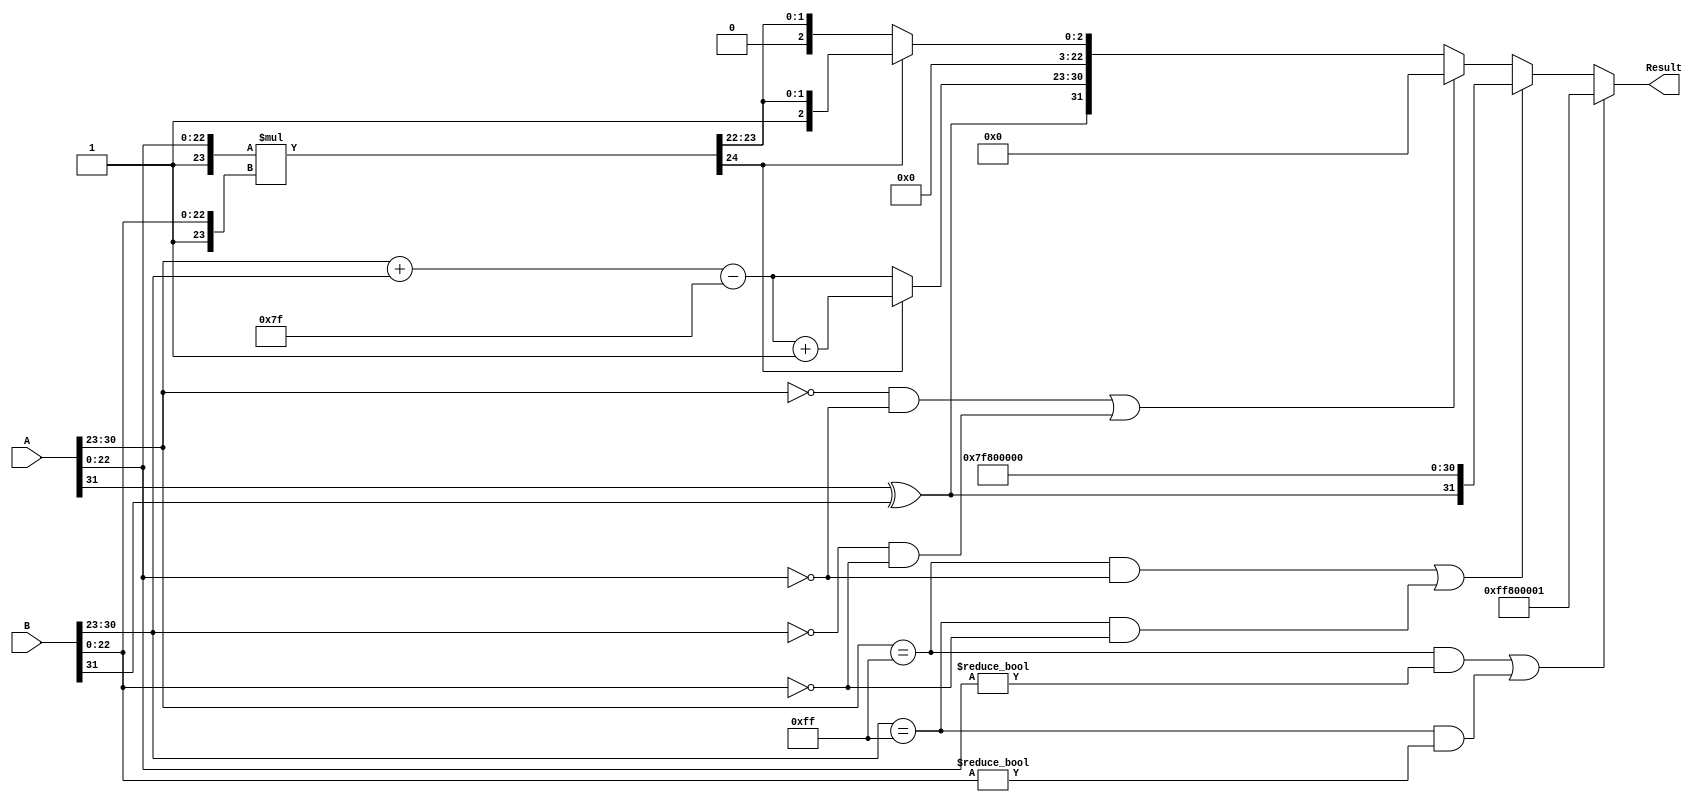
module floating_point_multiplier (
    input [31:0] A, // First floating-point operand
    input [31:0] B, // Second floating-point operand
    output reg [31:0] Result // Product of A and B
);

    // Constants
    localparam BIAS = 127;
    localparam EXPONENT_BITS = 8;
    localparam MANTISSA_BITS = 23;

    // Internal signals
    wire signA, signB, signResult;
    wire [EXPONENT_BITS-1:0] expA, expB, expResult;
    wire [MANTISSA_BITS-1:0] mantA, mantB;
    wire [MANTISSA_BITS+MANTISSA_BITS:0] mantProduct; // 46 bits for mantissa product
    wire [EXPONENT_BITS+1:0] expSum; // 9 bits to hold exponent sum
    wire [MANTISSA_BITS+1:0] mantNormalized; // 24 bits for normalized mantissa
    wire [EXPONENT_BITS-1:0] expAdjusted;
    wire isZeroA, isZeroB, isInfA, isInfB, isNaNA, isNaNB;

    // Extract components
    assign signA = A[31];
    assign expA = A[30:23];
    assign mantA = A[22:0];
    
    assign signB = B[31];
    assign expB = B[30:23];
    assign mantB = B[22:0];

    // Check for special cases
    assign isZeroA = (expA == 8'b0) && (mantA == 23'b0);
    assign isZeroB = (expB == 8'b0) && (mantB == 23'b0);
    assign isInfA = (expA == 8'b11111111) && (mantA == 23'b0);
    assign isInfB = (expB == 8'b11111111) && (mantB == 23'b0);
    assign isNaNA = (expA == 8'b11111111) && (mantA != 23'b0);
    assign isNaNB = (expB == 8'b11111111) && (mantB != 23'b0);

    // Sign calculation
    assign signResult = signA ^ signB;

    // Exponent calculation
    assign expSum = expA + expB - BIAS;

    // Mantissa calculation (with implicit leading 1)
    wire [MANTISSA_BITS+1:0] mantA_full = {1'b1, mantA}; // Add implicit leading 1
    wire [MANTISSA_BITS+1:0] mantB_full = {1'b1, mantB}; // Add implicit leading 1
    assign mantProduct = mantA_full * mantB_full;

    // Normalization
    assign mantNormalized = mantProduct[MANTISSA_BITS+1] ? mantProduct[MANTISSA_BITS+1:MANTISSA_BITS-1] : mantProduct[MANTISSA_BITS:MANTISSA_BITS-1];
    assign expAdjusted = mantProduct[MANTISSA_BITS+1] ? expSum + 1 : expSum;

    always @(*) begin
        if (isNaNA || isNaNB) begin
            // If either input is NaN, result is NaN
            Result = {1'b1, 8'b11111111, 23'b1}; // NaN representation
        end else if (isInfA || isInfB) begin
            // If either input is infinity, result is infinity
            Result = {signResult, 8'b11111111, 23'b0}; // Infinity representation
        end else if (isZeroA || isZeroB) begin
            // If either input is zero, result is zero
            Result = 32'b0; // Zero representation
        end else begin
            // Normal case
            Result = {signResult, expAdjusted[EXPONENT_BITS-1:0], mantNormalized[MANTISSA_BITS-1:0]};
        end
    end

endmodule